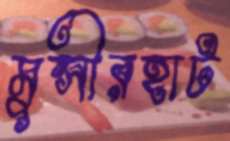
মুন্সীরহাট